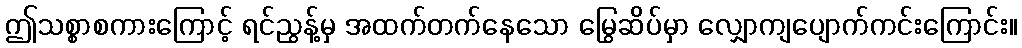
ဤသစ္စာစကားကြောင့် ရင်ညွန့်မှ အထက်တက်နေသော မြွေဆိပ်မှာ လျှောကျပျောက်ကင်းကြောင်း။